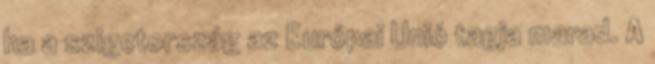
ha a szigetország az Európai Unió tagja marad. A